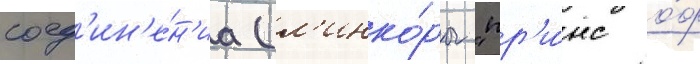
соед'ин'е́н'иа (л'инко́ры "пр'и́нс о́ф